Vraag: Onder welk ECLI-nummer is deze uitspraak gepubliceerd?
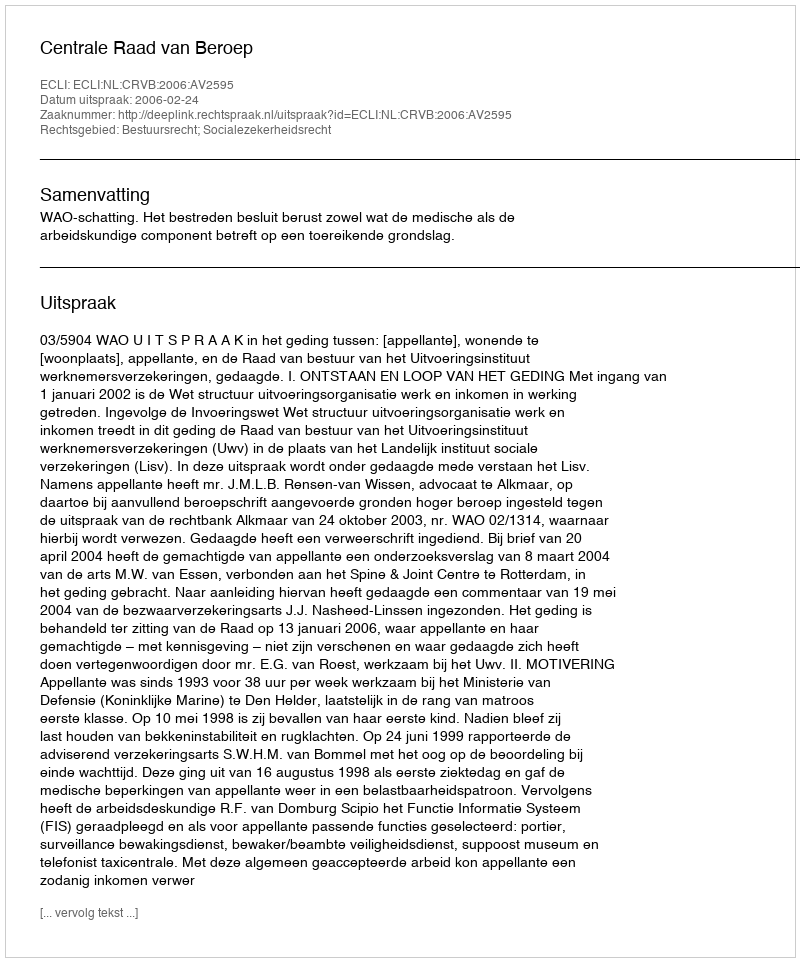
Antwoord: ECLI:NL:CRVB:2006:AV2595